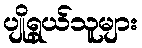
ပျိုရွယ်သူများ